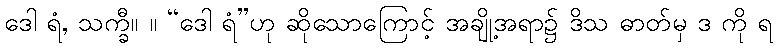
ဒေါ ရံ, သက္ခီ။ ။ “ဒေါ ရံ”ဟု ဆိုသောကြောင့် အချို့အရာ၌ ဒိသ ဓာတ်မှ ဒ ကို ရ